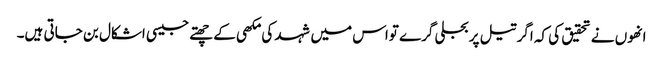
انھوں نے تحقیق کی کہ اگر تیل پربجلی گرے تواس میں شہد کی مکھی کے چھتے جیسی اشکال بن جاتی ہیں۔